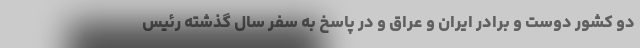
دو کشورِ دوست و برادر ایران و عراق و در پاسخ به سفر سال گذشته رئیس